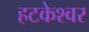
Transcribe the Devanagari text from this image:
हटकेश्वर